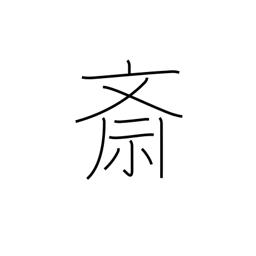
Meaning: Buddhist food